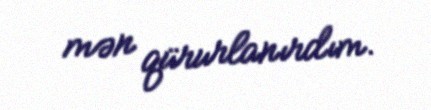
mən qürurlanırdım.